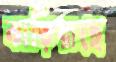
ঝাড়িয়াছে